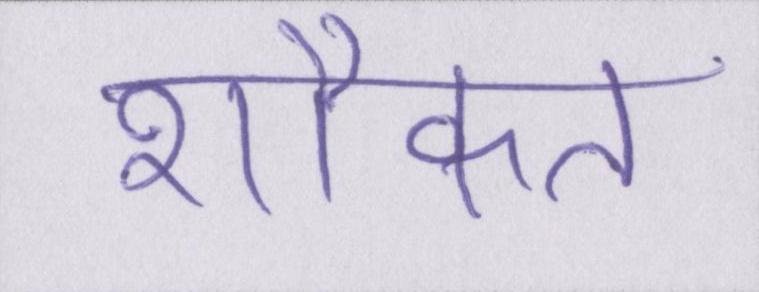
शौकत